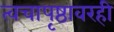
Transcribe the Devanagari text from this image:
त्वचापृष्ठावरही